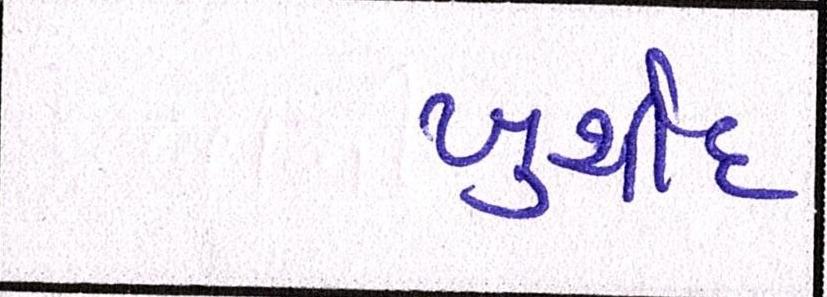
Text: ખુર્શીદ